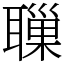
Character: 𦗔